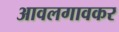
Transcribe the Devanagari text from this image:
आवलगावकर